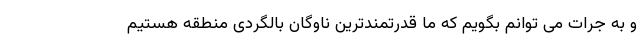
و به جرات می توانم بگویم که ما قدرتمندترین ناوگان بالگردی منطقه هستیم